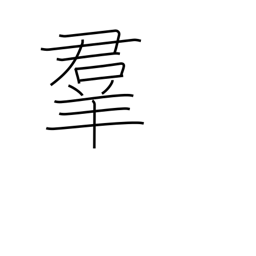
Meaning: crowd